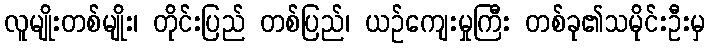
လူမျိုးတစ်မျိုး၊ တိုင်းပြည် တစ်ပြည်၊ ယဉ်ကျေးမှုကြီး တစ်ခု၏သမိုင်းဦးမှ